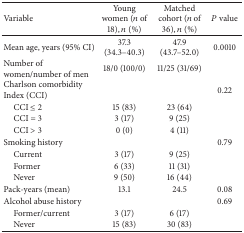
<table><thead><tr><td><b>Variable</b></td><td><b>Young women (<i>n</i> of 18), <i>n</i> (%)</b></td><td><b>Matched cohort (<i>n</i> of 36), <i>n</i> (%)</b></td><td><b><i>P</i> value</b></td></tr></thead><tbody><tr><td>Mean age, years (95% CI)</td><td>37.3 (34.3–40.3)</td><td>47.9 (43.7–52.0)</td><td>0.0010</td></tr><tr><td>Number of women/number of men</td><td>18/0 (100/0)</td><td>11/25 (31/69)</td><td> </td></tr><tr><td>Charlson comorbidity Index (CCI)</td><td> </td><td> </td><td>0.22</td></tr><tr><td> CCI ≤ 2</td><td>15 (83)</td><td>23 (64)</td><td> </td></tr><tr><td> CCI = 3</td><td>3 (17)</td><td>9 (25)</td><td> </td></tr><tr><td> CCI &gt; 3</td><td>0 (0)</td><td>4 (11)</td><td> </td></tr><tr><td>Smoking history</td><td> </td><td> </td><td>0.79</td></tr><tr><td> Current</td><td>3 (17)</td><td>9 (25)</td><td> </td></tr><tr><td> Former</td><td>6 (33)</td><td>11 (31)</td><td> </td></tr><tr><td> Never</td><td>9 (50)</td><td>16 (44)</td><td> </td></tr><tr><td>Pack-years (mean)</td><td>13.1</td><td>24.5</td><td>0.08</td></tr><tr><td>Alcohol abuse history</td><td> </td><td> </td><td>0.69</td></tr><tr><td> Former/current</td><td>3 (17)</td><td>6 (17)</td><td> </td></tr><tr><td> Never</td><td>15 (83)</td><td>30 (83)</td><td> </td></tr></tbody></table>